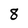
Character: 8